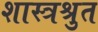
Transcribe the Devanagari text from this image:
शास्त्रश्रुत